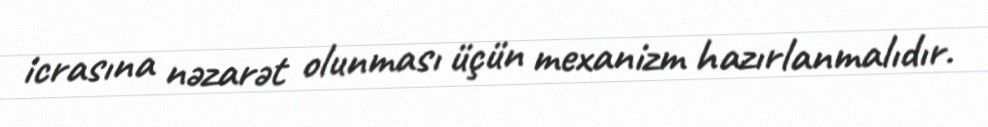
icrasına nəzarət olunması üçün mexanizm hazırlanmalıdır.